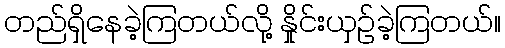
တည်ရှိနေခဲ့ကြတယ်လို့ နှိုင်းယှဥ်ခဲ့ကြတယ်။